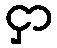
ငှာ